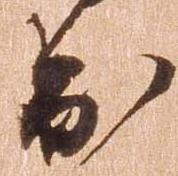
出